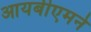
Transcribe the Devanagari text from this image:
आयबीएमने